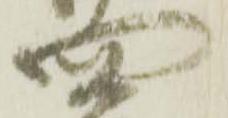
四